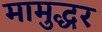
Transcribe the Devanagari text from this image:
मामुद्धर